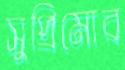
সুপ্রিমোর